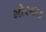
મોરવાડ